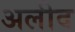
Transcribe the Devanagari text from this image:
अलीद